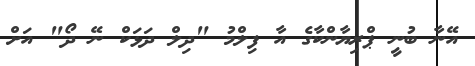
އޭނާ ބުނީ ޕްރިޔާންކާގެ އާ ފިލްމު "ދިލް ދަޅަކް ނޭ ދޯ" އަށް